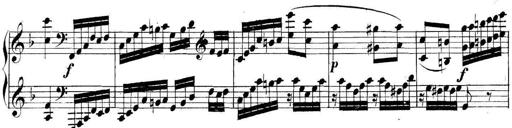
Title: Collected Piano Sonatas
Composer: Muzio Clementi